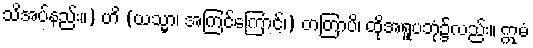
သိအပ်နည်း။) ဟိ (ယသ္မာ၊ အကြင်ကြောင့်၊) တတြာပိ၊ ထိုအရူပဘုံ၌လည်း။ ဣမံ